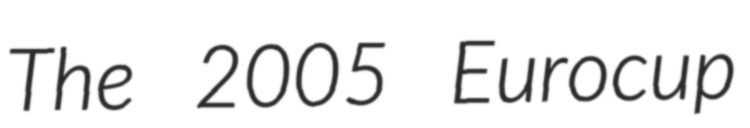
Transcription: The 2005 Eurocup